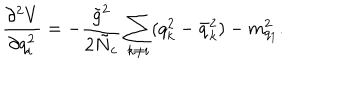
LaTeX: \frac { \partial ^ { 2 } V } { \partial q _ { i } ^ { 2 } } = - \frac { \tilde { g } ^ { 2 } } { 2 \tilde { N } _ { c } } \sum _ { k \neq i } ( q _ { k } ^ { 2 } - \bar { q } _ { k } ^ { 2 } ) - m _ { q _ { 1 } } ^ { 2 } .